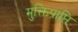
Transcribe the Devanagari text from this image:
मुक्तिप्राप्ति